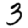
Digit: 3